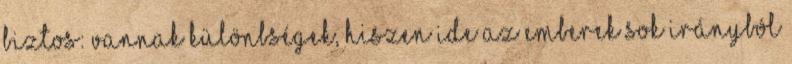
biztos: vannak különbségek, hiszen ide az emberek sok irányból